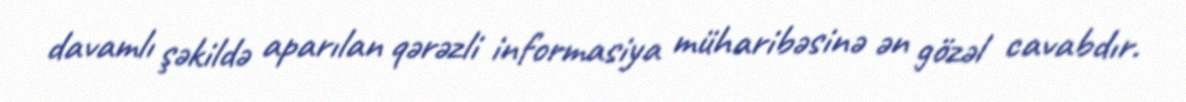
davamlı şəkildə aparılan qərəzli informasiya müharibəsinə ən gözəl cavabdır.